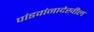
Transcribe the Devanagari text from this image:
पांडवांनादेखील